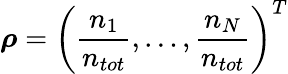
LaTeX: \boldsymbol{\rho}=\left(\frac{n_{1}}{n_{tot}},\ldots,\frac{n_{N}}{n_{tot}}\right)^{T}